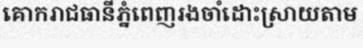
គោករាជធានីភ្នំពេញរងចាំដោះស្រាយតាម